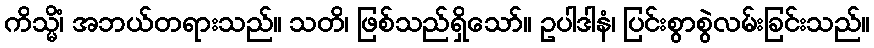
ကိသ္မိံ၊ အဘယ်တရားသည်။ သတိ၊ ဖြစ်သည်ရှိသော်။ ဥပါဒါနံ၊ ပြင်းစွာစွဲလမ်းခြင်းသည်။